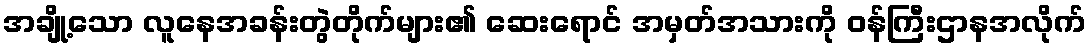
အချို့သော လူနေအခန်းတွဲတိုက်များ၏ ဆေးရောင် အမှတ်အသားကို ဝန်ကြီးဌာနအလိုက်